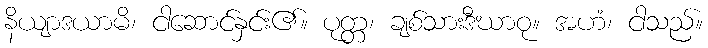
နိယျာဒယာမိ၊ ငါဆောင်နှင်း၏။ ပုတ္တ၊ ချစ်သားဒီဃာဝု။ အဟံ၊ ငါသည်။